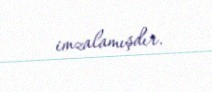
imzalamışdır.